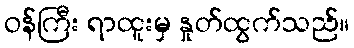
ဝန်ကြီး ရာထူးမှ နှုတ်ထွက်သည်။